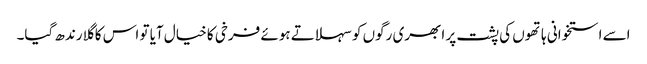
اسے استخوانی ہاتھوں کی پشت پر ابھری رگوں کو سہلاتے ہوئے فرخی کا خیال آیا تو اس کا گلا رندھ گیا۔